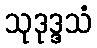
သုဒုဒ္ဒသံ